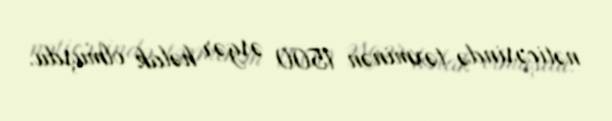
nəticəsində təxminən 1500 əsgər həlak olmuşdu.